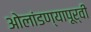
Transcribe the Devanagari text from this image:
ओलांडण्यापूर्वी